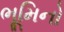
ભૂમિનો